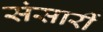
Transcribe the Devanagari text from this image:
संसारीं